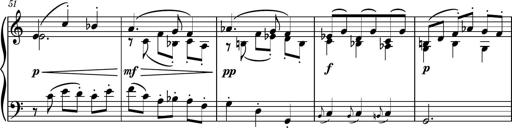
Title: Piano Sonatina No.4
Composer: Dimitri Sykias
Key: D major